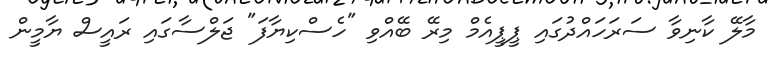
މާލޭ ކާނިވާ ސަރަހައްދުގައި ޕީޕީއެމް މިރޭ ބޭއްވި "ހެސްކިޔާފަ" ޖަލްސާގައި ރައީސް ޔާމީން